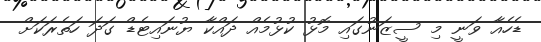
ޑެހެއާ ވަނީ މި ސީޒަނުގައި މޮޅު ކުޅުމެއް ދައްކާ ޔުނައިޓެޑް ގަދަ ހަތެރަކަށް